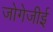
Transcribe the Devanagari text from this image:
जोगेजीई